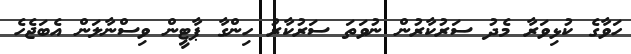
ހަވާގެ ކުޅިވަރާ މެދު ސަރުކާރުން ނުވަތަ ސަރުކާރު ހިންގާ ޕާޓީން ވިސްނާލަން އެބަޖެހެ